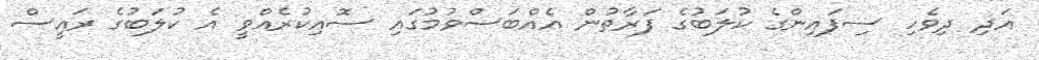
އަދި ދިވެހި ސިފައިންގެ ކުލަބުގެ ފަރާތުން އެއްބަސްވުމުގައި ސޮއިކުރެއްވީ އެ ކުލަބުގެ ރައީސް